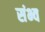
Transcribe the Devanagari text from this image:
संभ्व